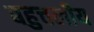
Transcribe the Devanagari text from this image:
बहुचलीय